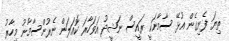
ތިޔަ ފެނިގެން އުޅޭ ސާމާނަކީ ރައީސް ނަޝީދު އަވަހާރަ ކޮއަލަން ނެރުންސާމާނު މިހާރު